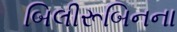
બિલીરૂબિનના